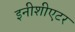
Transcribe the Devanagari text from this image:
इनीशीएटर